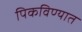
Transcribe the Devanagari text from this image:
पिकविण्यात